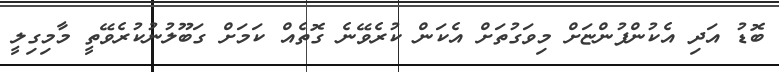
ބޮޑު އަދި އެކުންފުންޏަށް މިވަގުތަށް އެކަން ކުރެވޭނެ ގޮތެއް ކަމަށް ގަބޫލުނުކުރެވޭތީ މާމިގިލީ